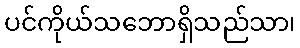
ပင်ကိုယ်သဘောရှိသည်သာ၊